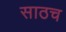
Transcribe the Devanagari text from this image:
साठच